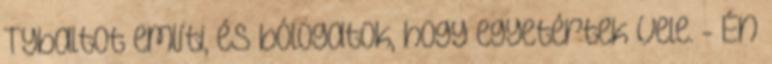
Tybaltot említi, és bólogatok, hogy egyetértek vele. - Én